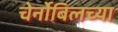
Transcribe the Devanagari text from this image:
चेर्नोबिलच्या